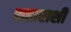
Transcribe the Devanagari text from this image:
शहाराशी